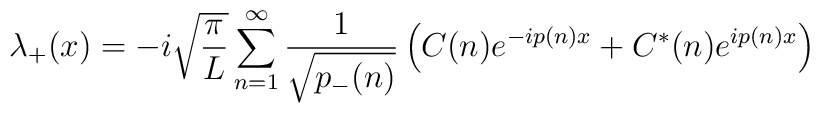
\lambda_+(x) = -i\sqrt{{\pi\over L}}\sum_{n=1}^\infty {1\over\sqrt{p_-(n)}}\left( C(n)e^{-ip(n)x} + C^*(n)e^{ip(n)x}\right)